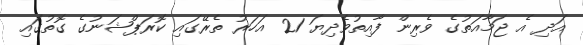
އަދި އެ ޖަމާއަތުގެ ވެރިން ފާއިތުވެދިޔަ 21 އަހަރު ތެރޭގައި ކޮރަޕްޝަނުގެ ގޮތުގައި